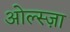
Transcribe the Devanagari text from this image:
ओल्स्ज़ा